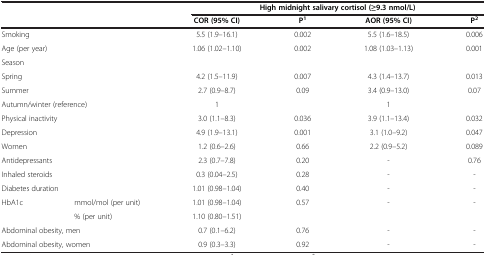
| <COLSPAN=2>  | <COLSPAN=4> High midnight salivary cortisol (≥9.3 nmol/L) |
 | <COLSPAN=2>  | COR (95% CI) | P1 | AOR (95% CI) | P2 |
 | --- | --- | --- | --- | --- | --- |
 | <COLSPAN=2> Smoking | 5.5 (1.9–16.1) | 0.002 | 5.5 (1.6–18.5) | 0.006 |
 | <COLSPAN=2> Age (per year) | 1.06 (1.02–1.10) | 0.002 | 1.08 (1.03–1.13) | 0.001 |
 | <COLSPAN=2> Season |  |  |  |  |
 | <COLSPAN=2> Spring | 4.2 (1.5–11.9) | 0.007 | 4.3 (1.4–13.7) | 0.013 |
 | <COLSPAN=2> Summer | 2.7 (0.9–8.7) | 0.09 | 3.4 (0.9–13.0) | 0.07 |
 | <COLSPAN=2> Autumn/winter (reference) | 1 |  | 1 |  |
 | <COLSPAN=2> Physical inactivity | 3.0 (1.1–8.3) | 0.036 | 3.9 (1.1–13.4) | 0.032 |
 | <COLSPAN=2> Depression | 4.9 (1.9–13.1) | 0.001 | 3.1 (1.0–9.2) | 0.047 |
 | <COLSPAN=2> Women | 1.2 (0.6–2.6) | 0.66 | 2.2 (0.9–5.2) | 0.089 |
 | <COLSPAN=2> Antidepressants | 2.3 (0.7–7.8) | 0.20 | - | 0.76 |
 | <COLSPAN=2> Inhaled steroids | 0.3 (0.04–2.5) | 0.28 | - | - |
 | <COLSPAN=2> Diabetes duration | 1.01 (0.98–1.04) | 0.40 | - | - |
 | <ROWSPAN=2> HbA1c | mmol/mol (per unit) | 1.01 (0.98–1.04) | <ROWSPAN=2> 0.57 | <ROWSPAN=2> - | <ROWSPAN=2> - |
 | % (per unit) | 1.10 (0.80–1.51) |
 | <COLSPAN=2> Abdominal obesity, men | 0.7 (0.1–6.2) | 0.76 | - | - |
 | <COLSPAN=2> Abdominal obesity, women | 0.9 (0.3–3.3) | 0.92 | - | - |